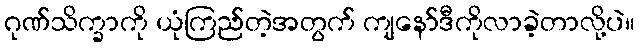
ဂုဏ်သိက္ခာကို ယုံကြည်တဲ့အတွက် ကျနော်ဒီကိုလာခဲ့တာလို့ပဲ။